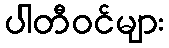
ပါတီဝင်များ